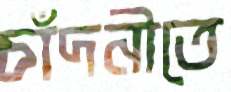
চাঁদনীতে